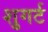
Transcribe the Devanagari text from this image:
शुगर्ट